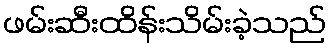
ဖမ်းဆီးထိန်းသိမ်းခဲ့သည်